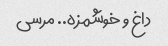
داغ و خوشمزه.. ‌مرسی